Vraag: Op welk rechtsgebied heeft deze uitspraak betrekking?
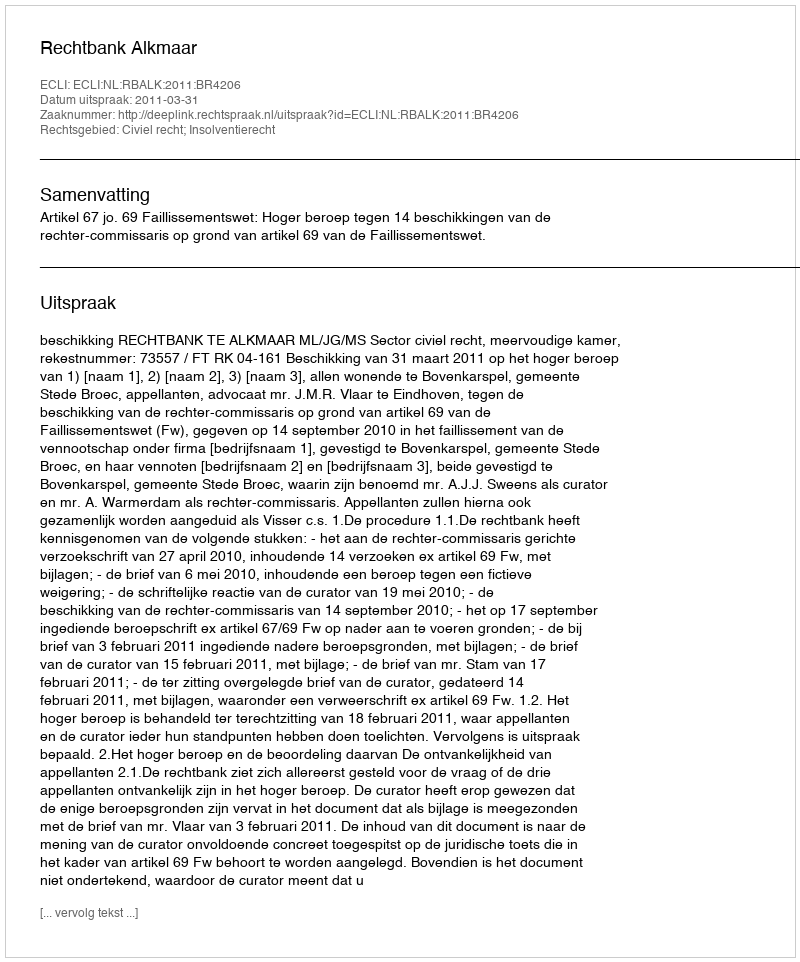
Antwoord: Civiel recht; Insolventierecht